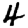
Digit: 4